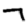
Digit: 7